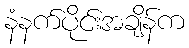
နံနက်ပိုင်းအချိန်က